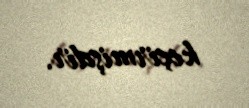
keçirmişdir.